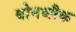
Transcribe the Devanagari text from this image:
बोनब्लैक